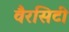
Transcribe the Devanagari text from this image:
वैरसिटी